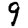
Digit: 9